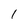
Character: 1